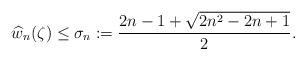
LaTeX: \begin{align*} \widehat{w}_{n}(\zeta) \leq \sigma_{n}:=\frac{2n-1+\sqrt{2n^2-2n+1}}{2}.\end{align*}